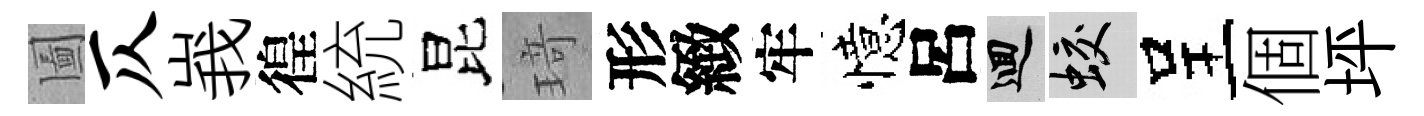
圗仄峩徨統昆𤦺形緻牢憶呂回蛟呈個坪